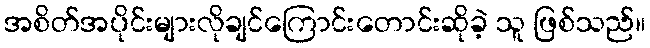
အစိတ်အပိုင်းများလိုချင်ကြောင်းတောင်းဆိုခဲ့ သူ ဖြစ်သည်။